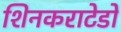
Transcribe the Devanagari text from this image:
शिनकराटेडो